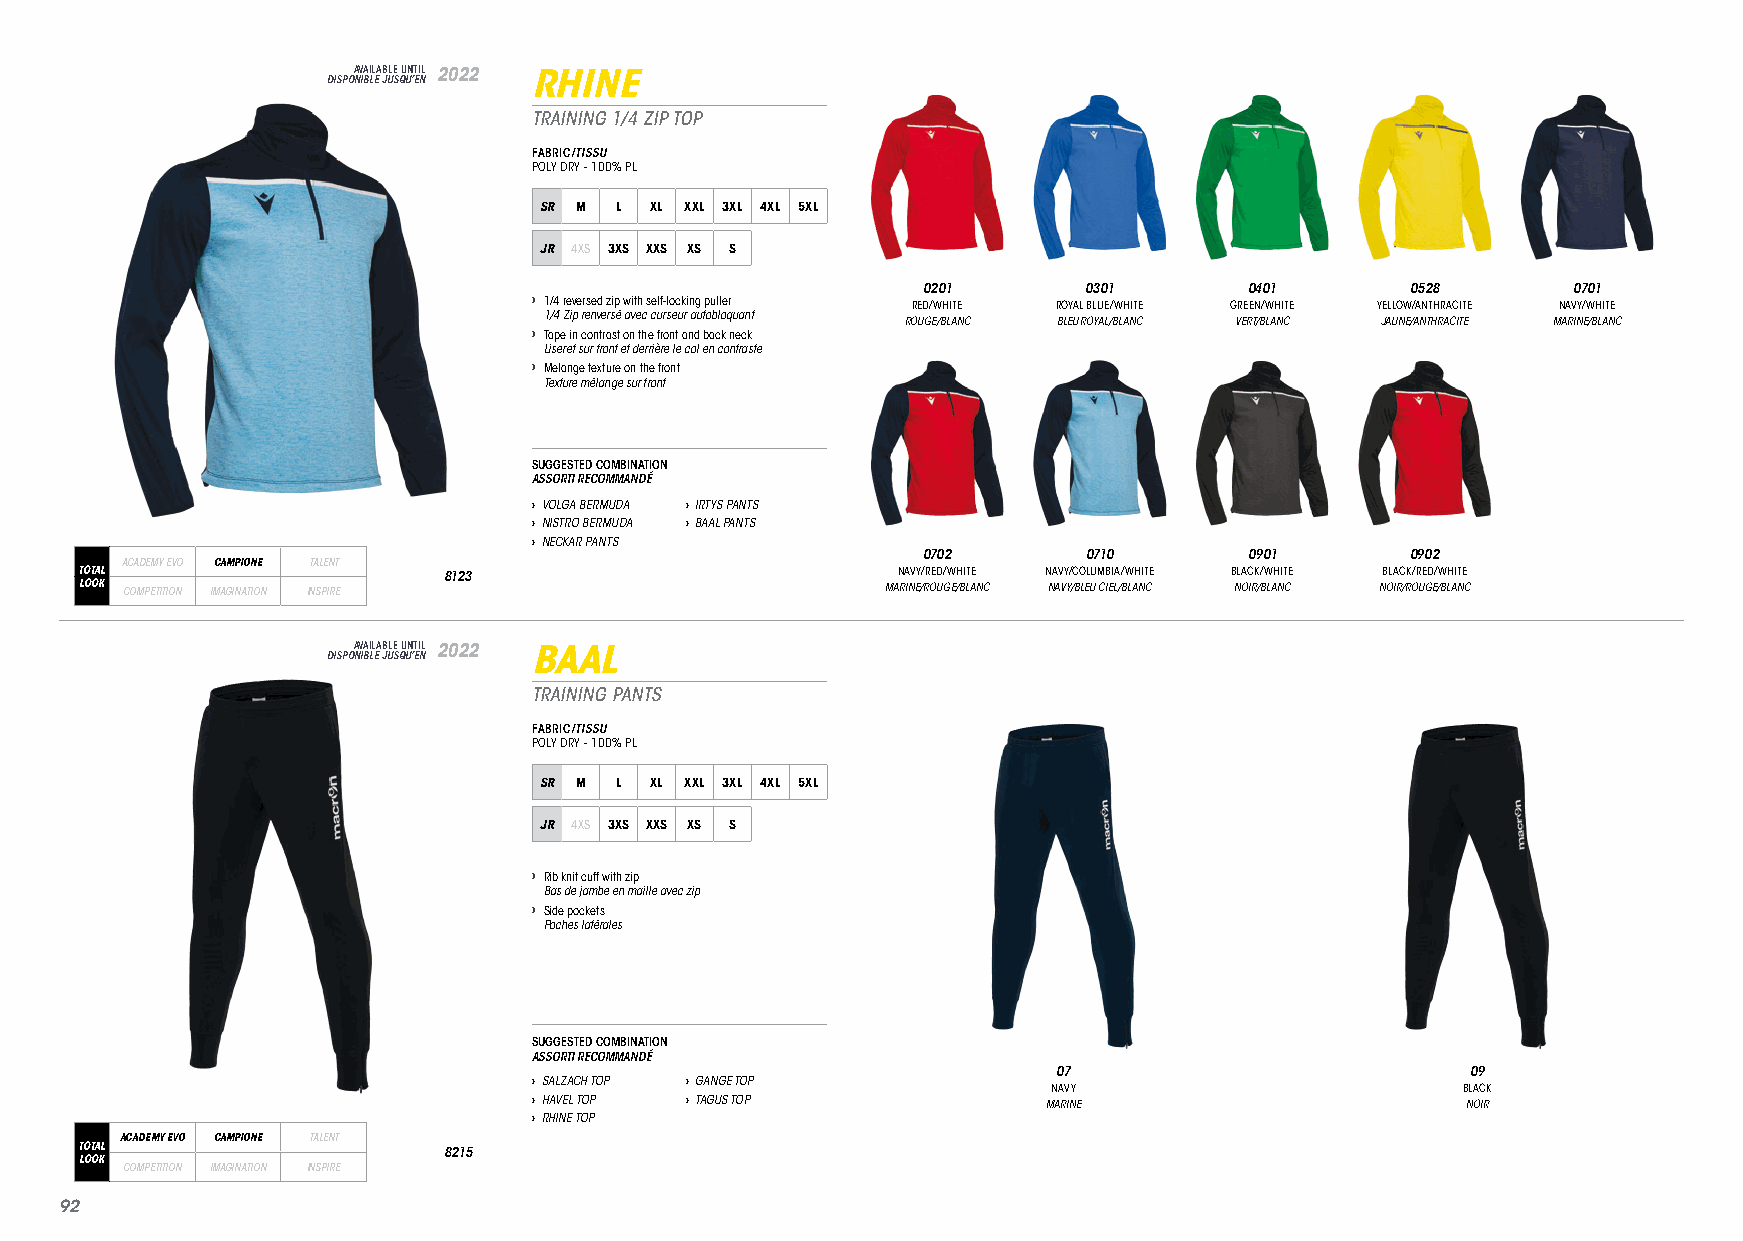
DISPOA NV IBA LIL EA JB ULE S QU UN ’T EI NL 2022 RHINE
 TRAINING 1/4 ZIP TOP
 FABRIC/TISSU
 POLY DRY - 100% PL
 SR M L XL XXL 3XL 4XL 5XL
 JR 4XS 3XS XXS XS S
 0201       0301       0401      0528       0701
 › 1/4 reversed zip with self-locking puller RED/WHITE ROYAL BLUE/WHITE GREEN/WHITE YELLOW/ANTHRACITE NAVY/WHITE
 1/4 Zip renversé avec curseur autobloquant
 ROUGE/BLANC BLEU ROYAL/BLANC VERT/BLANC JAUNE/ANTHRACITE MARINE/BLANC
 › Tape in contrast on the front and back neck
 Liseret sur front et derrière le col en contraste
 › Melange texture on the front
 Texture mélange sur front
 SUGGESTED COMBINATION
 ASSORTI RECOMMANDÉ
 › VOLGA BERMUDA › IRTYS PANTS
 › NISTRO BERMUDA › BAAL PANTS
 › NECKAR PANTS
 0702       0710       0901      0902
 ACADEMY EVO CAMPIONE TALENT
 TOTAL                   8123                          NAVY/RED/WHITE NAVY/COLUMBIA/WHITE BLACK/WHITE BLACK/RED/WHITE
 LOOK COMPETITION IMAGINATION INSPIRE                  MARINE/ROUGE/BLANC NAVY/BLEU CIEL/BLANC NOIR/BLANC NOIR/ROUGE/BLANC
 DISPOA NV IBA LIL EA JB ULE S QU UN ’T EI NL 2022 BAAL
 TRAINING PANTS
 FABRIC/TISSU
 POLY DRY - 100% PL
 SR M L XL XXL 3XL 4XL 5XL
 JR 4XS 3XS XXS XS S
 › Rib knit cuff with zip
 Bas de jambe en maille avec zip
 › Side pockets
 Poches latérales
 SUGGESTED COMBINATION
 ASSORTI RECOMMANDÉ
 07                         09
 › SALZACH TOP › GANGE TOP
 NAVY                       BLACK
 › HAVEL TOP › TAGUS TOP           MARINE                      NOIR
 › RHINE TOP
 ACADEMY EVO CAMPIONE TALENT
 TOTAL                   8215
 LOOK
 COMPETITION IMAGINATION INSPIRE
 9922